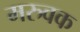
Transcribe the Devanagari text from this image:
मरुवक